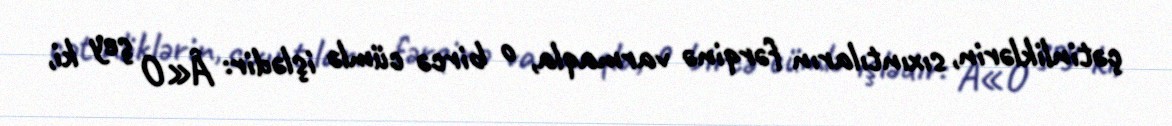
çətinliklərin, sıxıntıların fərqinə varmaqla, o bircə cümlə işlədir: Â«O şey ki,